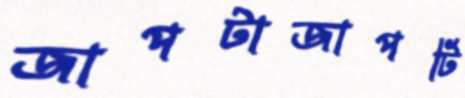
জাপটাজাপটি